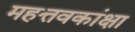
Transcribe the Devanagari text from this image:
महत्तवकांक्षा